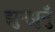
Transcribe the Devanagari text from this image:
झुन्झुनुँ